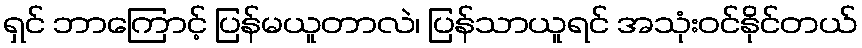
ရှင် ဘာကြောင့် ပြန်မယူတာလဲ၊ ပြန်သာယူရင် အသုံးဝင်နိုင်တယ်